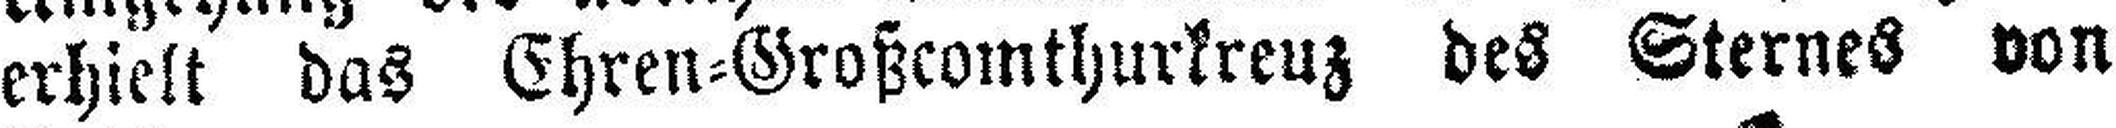
erhielt das Ehren=Großcomthurkreuz des Sternes von